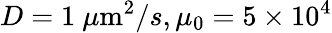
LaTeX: D=1~\mu\mathrm{m}^{2}/s,\mu_{0}=5\times 10^{4}